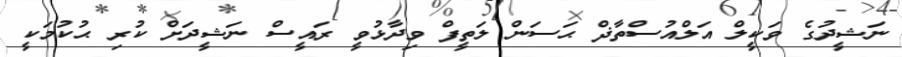
ނަޝީދުގެ ވަކީލް އަލްއުސްތާޛް ޙަސަން ލަތީފް ވިދާޅުވީ ރައީސް ނަޝީދަށް ކުރި ޙުކުމަކީ